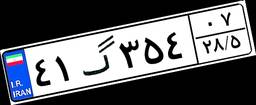
۴۱گ۳۵۴۰۷